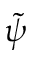
\tilde { \psi }